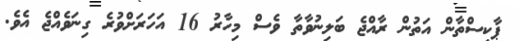
ޕާކިސްތާން އަތުން ރާއްޖެ ބަލިނުވާތާ ވެސް މިހާރު 16 އަހަރަށްވުރެ ގިނަވެއްޖެ އެވެ.